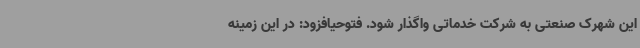
این شهرک صنعتی به شرکت خدماتی واگذار شود. فتوحیافزود: در این زمینه